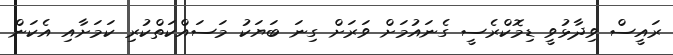
ރައީސް ވިދާޅުވީ ޑިމޮކްރެސީ ގެނައުމަށް ވަރަށް ގިނަ ބަޔަކު މަސައްކަތްކުރި ކަމަށާއި އެކަން